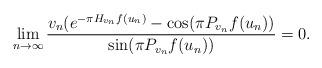
LaTeX: \begin{align*}\lim_{n\to \infty}\frac{v_n(e^{-\pi H_{v_n}f(u_n)}-\cos(\pi P_{v_n} f(u_n))}{\sin(\pi P_{v_n} f(u_n))}=0.\end{align*}